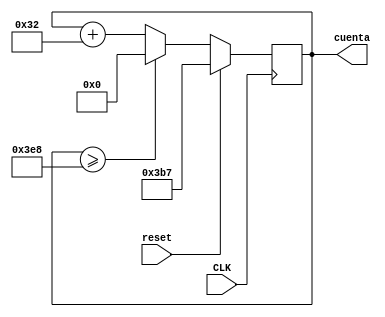
`timescale 1ns / 1ps
//////////////////////////////////////////////////////////////////////////////////
// Company: TEC
// 
// Design Name:    Contador Progresivo de 10 bits
// Module Name:    Contador_Prog_10b 
// Project Name:    DPWM
// Target Devices: Nexys 3
// Tool versions: 
// Description: 
//
// Dependencies: 
//
// Revision: 
// Revision 0.01 - File Created
// Additional Comments: 
//
//////////////////////////////////////////////////////////////////////////////////
module Contador_Prog_10b(
		input CLK,								//reloj con la frecuencia que el usuario ha seleccionado
		input reset,
		output [9:0] cuenta					
    );
	 reg [9:0] contador;
	 
	 always @(posedge CLK)					//cuenta siempre en los flancos de reloj
		begin
		if (reset) 
			contador<=10'd951;
		else if (contador>=10'd1000)
			contador <=1'b0;
		else 
			contador<=contador+7'd50;
		end

	assign cuenta=contador;

endmodule